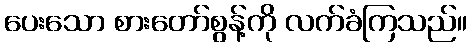
ပေးသော စားတော်စွန့်ကို လက်ခံကြသည်။